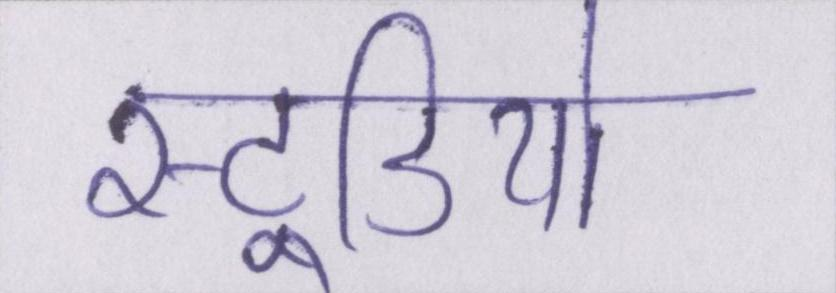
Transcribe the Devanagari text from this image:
स्टूडियो